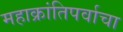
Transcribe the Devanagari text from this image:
महाक्रांतिपर्वाचा